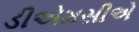
ડીએમસીએ